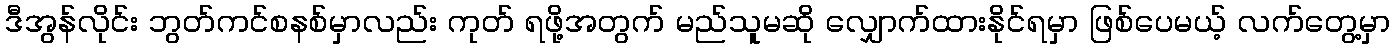
ဒီအွန်လိုင်း ဘွတ်ကင်စနစ်မှာလည်း ကုတ် ရဖို့အတွက် မည်သူမဆို လျှောက်ထားနိုင်ရမှာ ဖြစ်ပေမယ့် လက်တွေ့မှာ